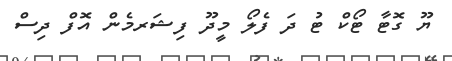
ޔޫ ގޮޓާ ޓޯކް ޓު ދަ ފެލޯ މީދޫ ފިޝަރމެން އޮފް ދިސް